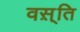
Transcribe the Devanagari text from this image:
वस़्ति